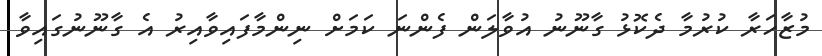
މުޒާހަރާ ކުރުމާ ދެކޮޅު ގާނޫނު އުވާލަން ފެންނަ ކަމަށް ނިންމާފައިވާއިރު އެ ގާނޫނުގައިވާ